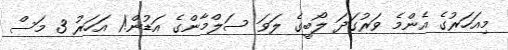
މިއަހަރުގެ އެންމެ ވަރުގަދަ ލޯބީގެ ލަވަ ސަލްމާންގެ އަޑުން!1 އަހަރު 3 މަސް